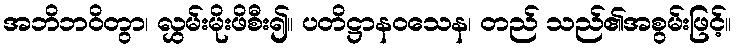
အဘိဘဝိတွာ၊ လွှမ်းမိုးဖိစီး၍။ ပတိဋ္ဌာနဝသေန၊ တည် သည်၏အစွမ်းဖြင့်။